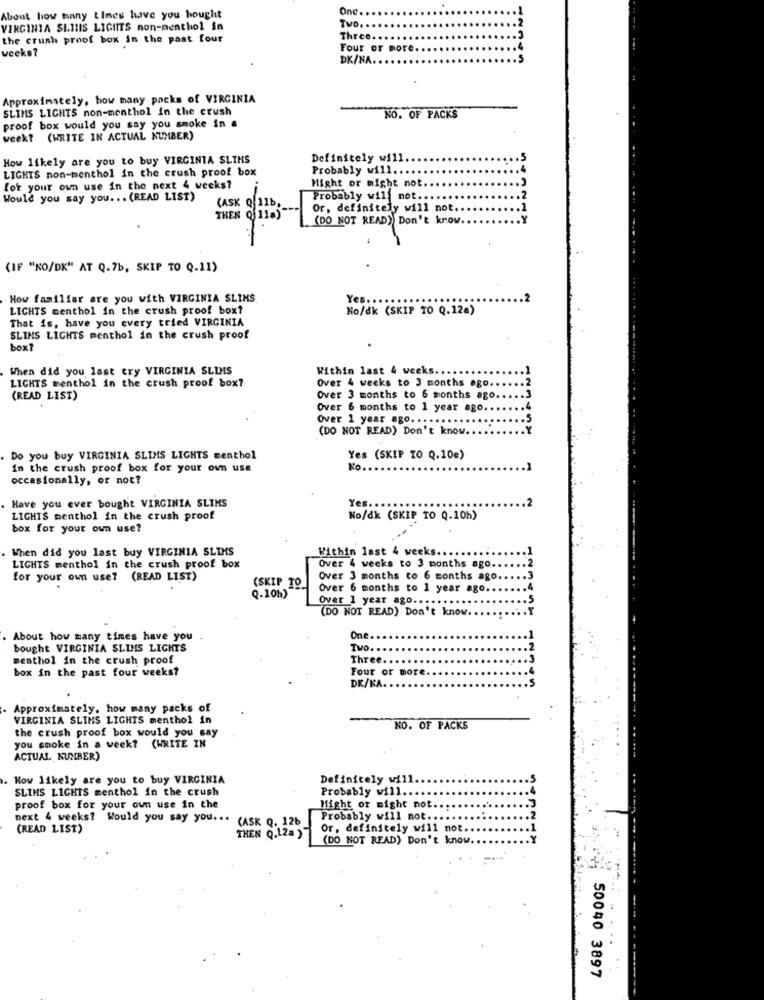
Onc ......
About how many times have you bought
VIRGINIA SIINIS LIGHTS non-nenthol in
Ivo. .... ...
the crush proof box in the past four
Three .... ..
weeks?
Four or more ..
DK/NA. .
Approximately, how many packs of VIRGINIA
SLIMS LIGHTS non-menthol in the crush
NO. OF PACKS
proof box would you say you smoke in a
week? (WRITE IN ACTUAL NUMBER)
How likely are you to buy VIRGINIA SLIMS
Definitely will
LIGHTS non-menthol in the crush proof box
Probably will.
for your own use in the next 4 weeks?
Might or might not
Would you say you ... (READ LIST)
(ASK Q 11b
Probably will not ..
Or, definitely will not.
THEN Q 11.)
(DO NOT READ) Don't know.
(IF "NO/DK" AT Q.7b, SKIP TO Q.11)
How familiar are you with VIRGINIA SLIKS.
Yes ...
LICHTS menthol in the crush proof box?
No/dk (SKIP TO Q.12a)
That is, have you every tried VIRGINIA
SLINS LIGHTS menthol in the crush proof
box?
When did you last try VIRGINIA SLIMS
Within last 4 weeks.
Over 4 weeks to 3 months ago.
LIGHTS menthol in the crush proof box?
(READ LIST)
Over 3 months to 6 months ago.
Over 6 months to 1 year ago.
Over 1 year ago. .....
(DO NOT READ) Don't know.
Do you buy VIRGINIA SLIMS LIGHTS menthol
Yes (SKIP TO Q.10e)
in the crush proof box for your own use
No .
occasionally, or not?
Have you ever bought VIRGINIA SLIMS
Yes ..
LIGHTS menthol in the crush proof
No/dk (SKIP TO Q.10h)
box for your own use?
When did you last buy VIRGINIA SLIMS
Within last 4 weel
LIGHTS menthol in the crush proof box
Over 4 weeks to 3 months ago.
for your own use? (READ LIST)
(SKIP TO
Over 3 months to 6 months ago
Over 6 months to 1 year ago.
Q.10h)
Over 1 year ago ...
(DO NOT READ) Don't know.
. About how many tines have you
One .
bought VIRGINIA SLIMS LIGHTS
Two. ...
menthol in the crush proof
Three.
box in the past four weeks?
Four or more.
DK/KA.
Approximately, how many packs of
VIRGINIA SLIMS LIGHTS menthol in
the crush proof box would you say
NO. OF PACKS
you smoke in a week? (WRITE IN
ACTUAL NUMBER)
. How likely are you to buy VIRGINIA
Definitely will.
SLIMS LIGHTS menthol in the crush
Probably will ..
proof box for your own use in the
Might or might not
next 4 weeks? Would you say you ...
CASK Q. 12b
Probably will not ...
(READ LIST)
Or, definitely will not.
THEN Q.12a )
(DO NOT READ) Don't know.
50040 3897